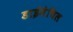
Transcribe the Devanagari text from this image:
डाईमेथिल